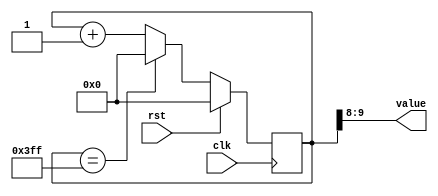
/*
   This file was generated automatically by Alchitry Labs version 1.1.6.
   Do not edit this file directly. Instead edit the original Lucid source.
   This is a temporary file and any changes made to it will be destroyed.
*/

/*
   Parameters:
     SIZE = DIGIT_BITS
     DIV = DIV
     TOP = DIGITS-1
     UP = 1
*/
module counter_12 (
    input clk,
    input rst,
    output reg [1:0] value
  );
  
  localparam SIZE = 2'h2;
  localparam DIV = 4'h8;
  localparam TOP = 4'h3;
  localparam UP = 1'h1;
  
  
  reg [9:0] M_ctr_d, M_ctr_q = 1'h0;
  
  localparam MAX_VALUE = 12'h3ff;
  
  always @* begin
    M_ctr_d = M_ctr_q;
    
    value = M_ctr_q[8+1-:2];
    if (1'h1) begin
      M_ctr_d = M_ctr_q + 1'h1;
      if (1'h1 && M_ctr_q == 12'h3ff) begin
        M_ctr_d = 1'h0;
      end
    end else begin
      M_ctr_d = M_ctr_q - 1'h1;
      if (1'h1 && M_ctr_q == 1'h0) begin
        M_ctr_d = 12'h3ff;
      end
    end
  end
  
  always @(posedge clk) begin
    if (rst == 1'b1) begin
      M_ctr_q <= 1'h0;
    end else begin
      M_ctr_q <= M_ctr_d;
    end
  end
  
endmodule